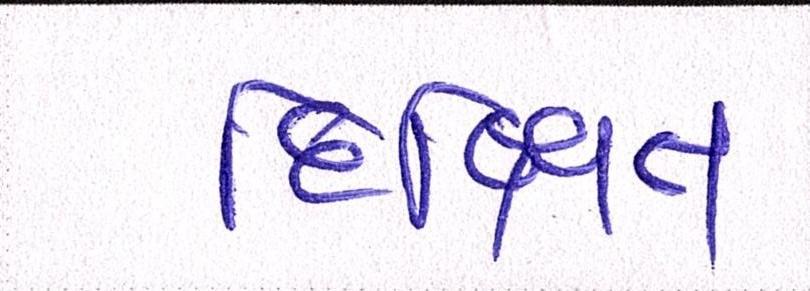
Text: દિક્ષિત